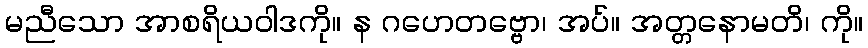
မညီသော အာစရိယဝါဒကို။ န ဂဟေတဗ္ဗော၊ အပ်။ အတ္တနောမတိ၊ ကို။